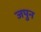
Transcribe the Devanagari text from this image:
जपुन